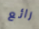
رائع